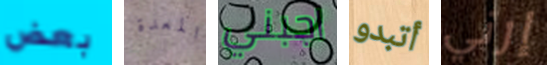
بعض المعدة اجبني أتبدو إرني